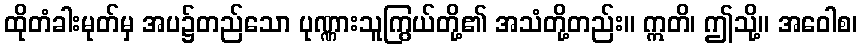
ထိုတံခါးမုတ်မှ အပ၌တည်သော ပုဏ္ဏားသူကြွယ်တို့၏ အသံတို့တည်း။ ဣတိ၊ ဤသို့။ အဝေါစ၊